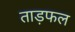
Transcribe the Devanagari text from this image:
ताड़फल